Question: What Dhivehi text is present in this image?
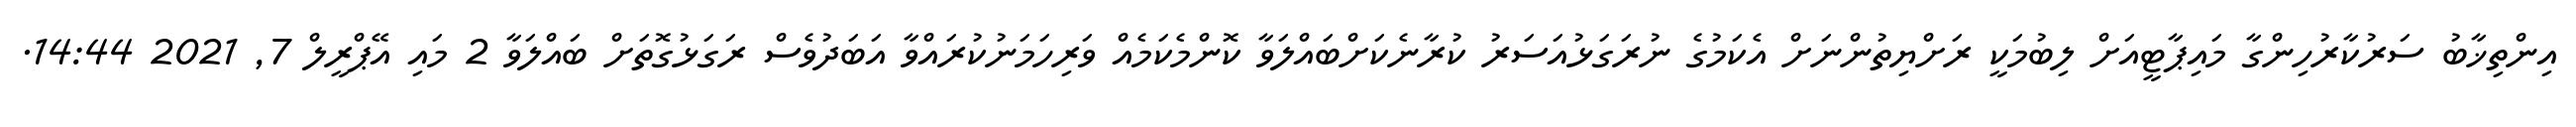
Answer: އިންތިޚާބު ސަރުކާރުހިންގާ މައިޕާޓީއަށް ލިބުމަކީ ރަށްޔިތުންނަށް އެކަމުގެ ނުރަގަޅުއަސަރު ކުރާނެކަށްބައްލަވާ ކޮންމެކަމެއް ވަރިހަމަނުކުރައްވާ އަބަދުވެސް ރަގަޅުގޮތަށް ބައްލަވާ 2 މައި އޭޕްރީލް 7, 2021 14:44.